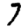
Digit: 7